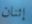
إثنان